Civil Veterinary Dept. Bombay admin report 1914-1922 - 1914-1922
Year: 1914
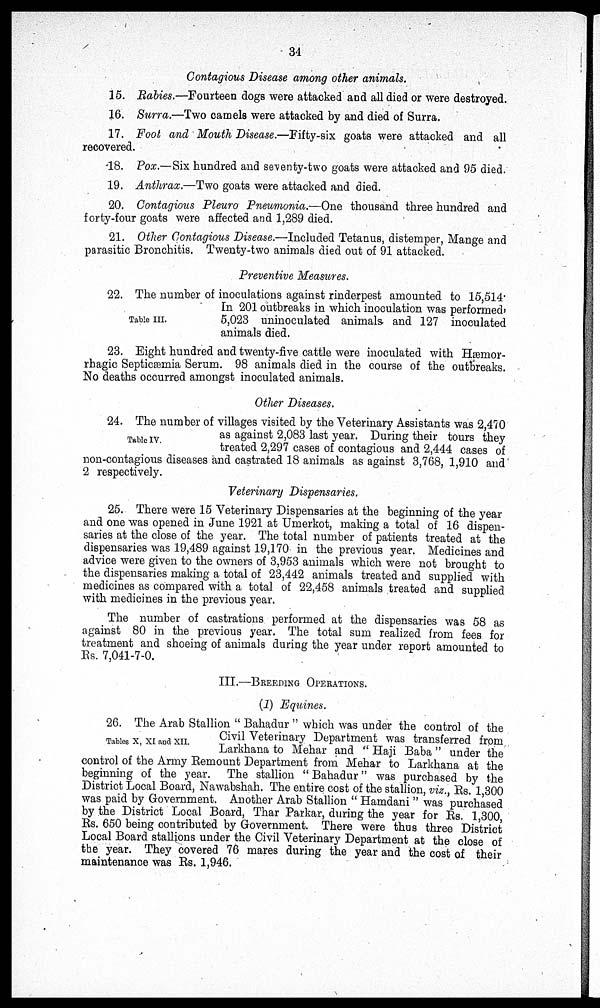
34
Contagious Disease among other animals.
15. Rabies.—Fourteen dogs were attacked and all died or were destroyed.
16. Surra.—Two camels were attacked by and died of Surra.
17. Foot and Mouth Disease.—Fifty-six goats were attacked and all
recovered.
18. Pox.—Six hundred and seventy-two goats were attacked and 95 died.
19. Anthrax.—Two goats were attacked and died.
20. Contagious Pleuro Pneumonia.—One thousand three hundred and
forty-four goats were affected and 1,289 died.
21. Other Contagious Disease.—Included Tetanus, distemper, Mange and
parasitic Bronchitis. Twenty-two animals died out of 91 attacked.
Preventive Measures.
Table III.
22. The number of inoculations against rinderpest amounted to 15,514.
In 201 outbreaks in which inoculation was performed-
5,023 uninoculated animals, and 127 inoculated
animals died.
23. Eight hundred and twenty-five cattle were inoculated with Hæmor-
rhagic
Septicæmia
No deaths occurred amongst inoculated animals.
Other Diseases.
Table IV.
24. The number of villages visited by the Veterinary Assistants was 2,470
as against 2,083 last year. During their tours they
treated 2,297 cases of contagious and 2,444 cases of
non-contagious diseases and castrated 18 animals as against 3,768, 1,910 and
2 respectively.
Veterinary Dispensaries.
25. There were 15 Veterinary Dispensaries at the beginning of the year
and one was opened in June 1921 at Umerkot, making a total of 16 dispen-
saries at the close of the year. The total number of patients treated at the
dispensaries was 19,489 against 19,170 in the previous year. Medicines and
advice were given to the owners of 3,953 animals which were not brought to
the dispensaries making a total of 23,442 animals treated and supplied with
medicines as compared with a total of 22,458 animals treated and supplied
with medicines in the previous year.
The number of castrations performed at the dispensaries was 58 as
against 80 in the previous year. The total sum realized from fees for
treatment and shoeing of animals during the year under report amounted to
III.—BREEDING OPERATIONS.
(1) Equines.
Tables X, XI and XII.
26. The Arab Stallion " Bahadur " which was under the control of the
Civil Veterinary Department was transferred from
Larkhana to Mehar and " Haji Baba" under the
control of the Army Remount Department from Mehar to Larkhana at the
beginning of the year. The stallion " Bahadur" was purchased by the
District Local Board, Nawabshah. The entire cost of the stallion, viz., Rs. 1,300
was paid by Government. Another Arab Stallion " Hamdani " was purchased
by the District Local Board, Thar Parkar, during the year for Rs. 1,300,
Local Board stallions under the Civil Veterinary Department at the close of
the year. They covered 76 mares during the year and the cost of their
maintenance was Rs. 1,946 .